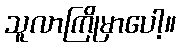
သူလာကြိုမှာပေါ့။